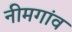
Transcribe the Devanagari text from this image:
नीमगांव